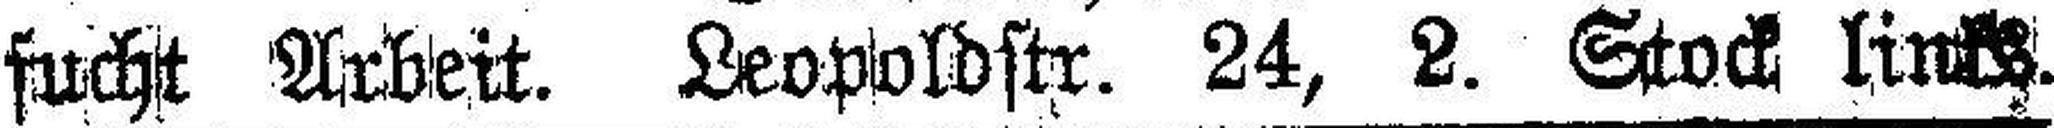
sucht Arbeit. Leopoldstr. 24, 2. Stock links.